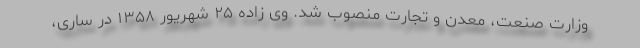
وزارت صنعت، معدن و تجارت منصوب شد. وی زاده ۲۵ شهریور ۱۳۵۸ در ساری،